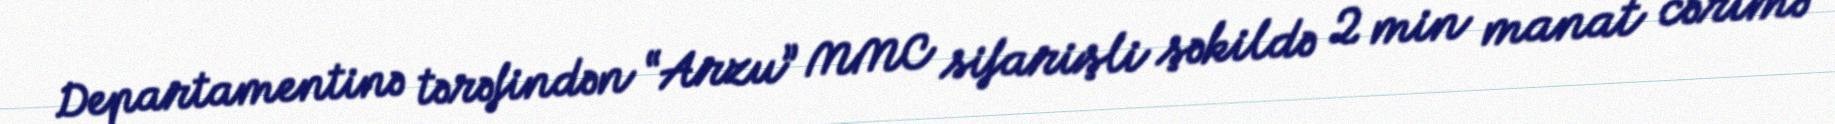
Departamentinə tərəfindən “Arzu” MMC sifarişli şəkildə 2 min manat cərimə